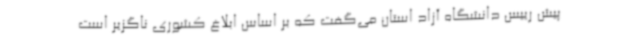
پیش رییس دانشگاه آزاد استان می‌گفت که بر اساس ابلاغ کشوری ناگزیر است